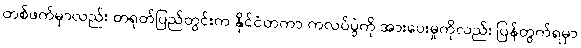
တစ်ဖက်မှာလည်း တရုတ်ပြည်တွင်းက နိုင်ငံတကာ ကလပ်ပွဲကို အားပေးမှုကိုလည်း ပြန်တွက်ရမှာ